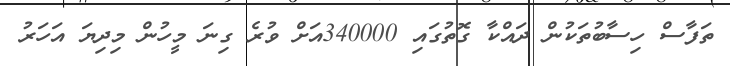
ތަފާސް ހިސާބުތަކުން ދައްކާ ގޮތުގައި 340000އަށް ވުރެ ގިނަ މީހުން މިދިޔަ އަހަރު